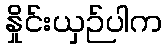
နှိုင်းယှဉ်ပါက